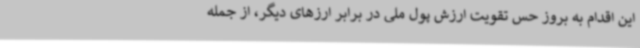
این اقدام به بروز حس تقویت ارزش پول ملی در برابر ارزهای دیگر، از جمله